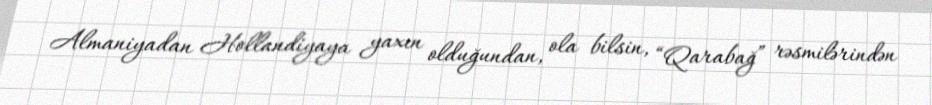
Almaniyadan Hollandiyaya yaxın olduğundan, ola bilsin, “Qarabağ” rəsmilərindən